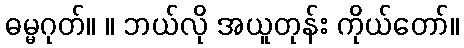
ဓမ္မဂုတ်။ ။ ဘယ်လို အယူတုန်း ကိုယ်တော်။